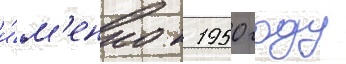
и́м'енно к 1950 году